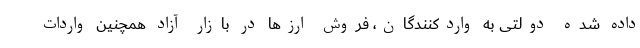
داده شده دولتی به واردکنندگان، فروش ارزها در بازار آزاد همچنین واردات